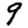
Digit: 9